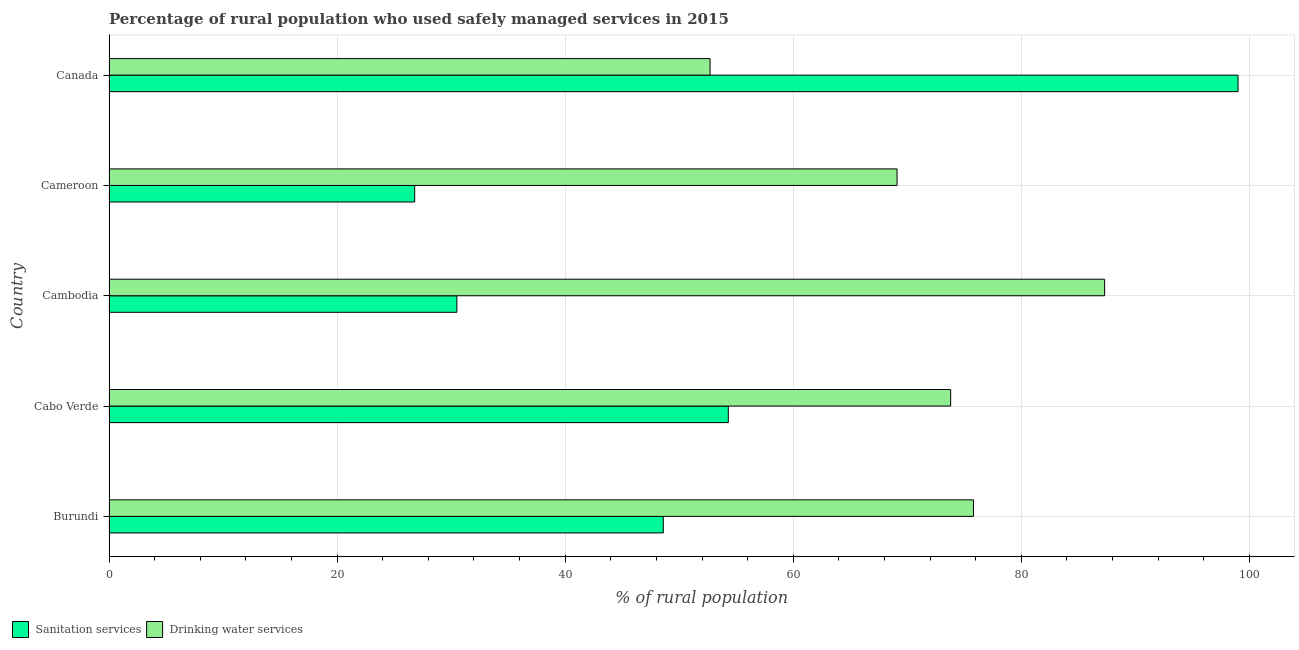
| Country | Sanitation services | Drinking water services |
 | --- | --- | --- |
 | Burundi | 48.6 | 75.8 |
 | Cabo Verde | 54.3 | 73.8 |
 | Cambodia | 30.5 | 87.3 |
 | Cameroon | 26.8 | 69.1 |
 | Canada | 99 | 52.7 |